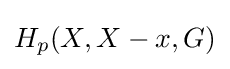
H_{p}(X,X-x,G)